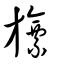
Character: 旚